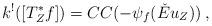
LaTeX: \begin{align*} k^!([T^*_Zf]) =CC(-\psi_f(\check{E}u_Z))\:,\end{align*}